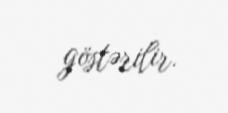
göstərilir.